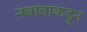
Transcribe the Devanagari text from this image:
नबाबाकडून